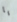
يا